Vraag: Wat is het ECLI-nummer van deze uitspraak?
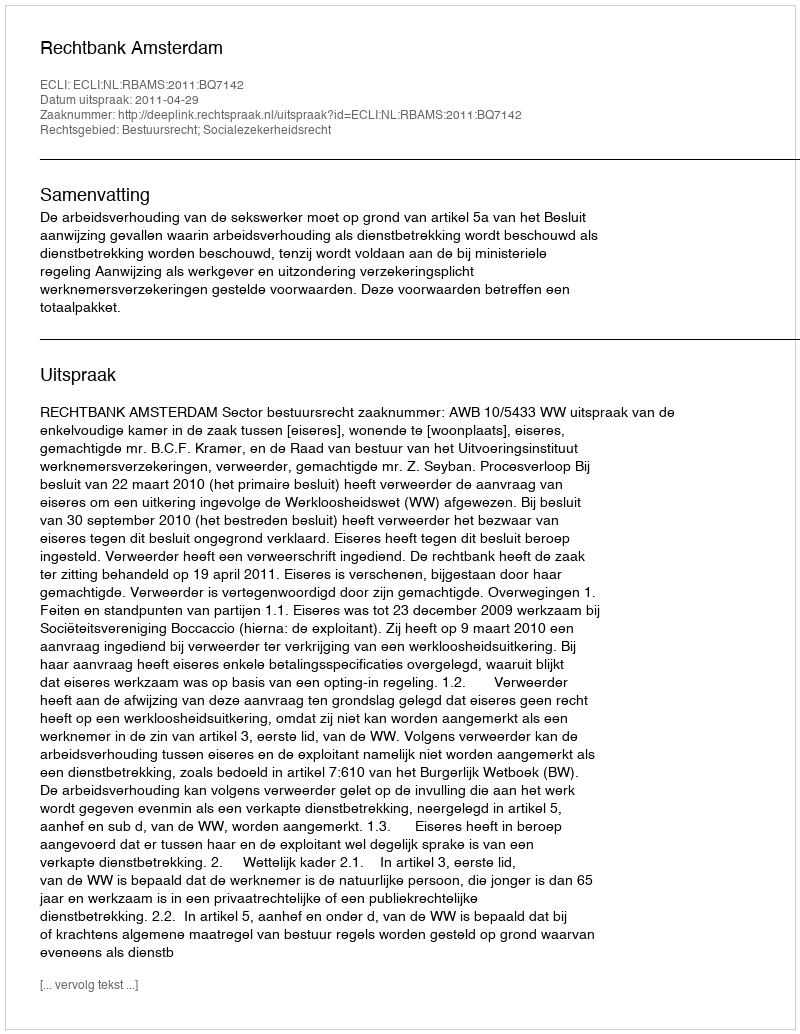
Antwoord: ECLI:NL:RBAMS:2011:BQ7142